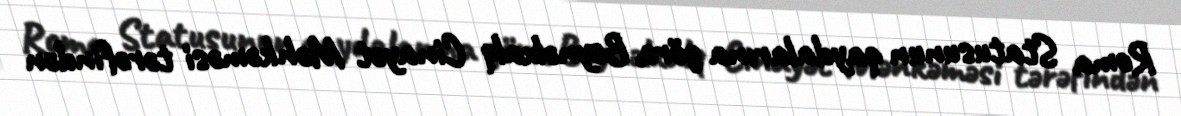
Roma Statusunun qaydalarına görə, Beynəlxalq Cinayət Məhkəməsi tərəfindən